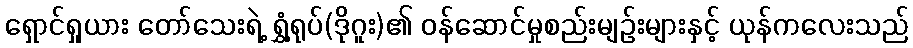
ရှောင်ရှုယား တော်သေးရဲ့ ရွှံ့ရုပ်(ဒိုဂူး)၏ ဝန်ဆောင်မှုစည်းမျဉ်းများနှင့် ယုန်ကလေးသည်